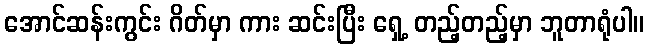
အောင်ဆန်းကွင်း ဂိတ်မှာ ကား ဆင်းပြီး ရှေ့ တည့်တည့်မှာ ဘူတာရုံပါ။